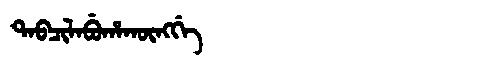
Manchu: ᡨᠠᠪᠴᡳᠯᠠᠪᡠᡥᠠᡴᡡᠩᡤᡝ
Romanization: TABCILABUHAKŪNGGE